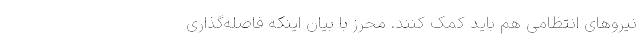
نیروهای انتظامی هم باید کمک کنند. محرز با بیان اینکه فاصله‌گذاری